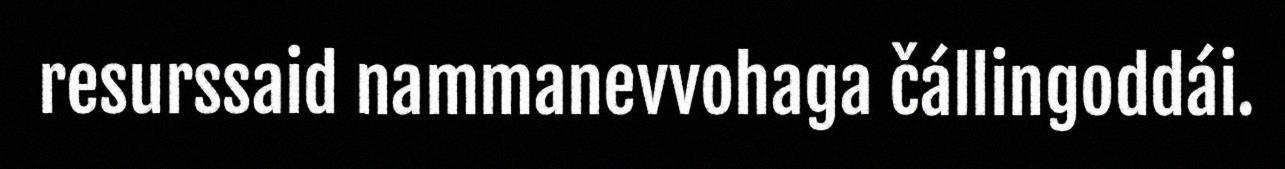
resurssaid nammanevvohaga čállingoddái.